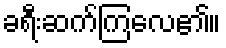
ခရီးဆက်ကြလေ၏။